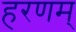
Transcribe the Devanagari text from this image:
हरणम्